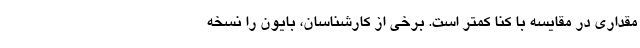
مقداری در مقایسه با کنا کمتر است. برخی از کارشناسان، بایون را نسخه